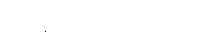
ပရိက္ခကော ကာရဏိကော၊